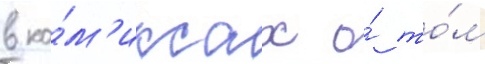
в ко́м'иксах о́ то́м